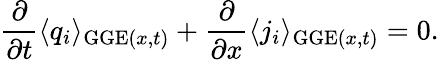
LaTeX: \frac{\partial}{\partial t}\langle q_{i}\rangle_{\mathrm{GGE}(x,t)}+\frac{\partial}{\partial x}\langle j_{i}\rangle_{\mathrm{GGE}(x,t)}=0.